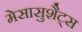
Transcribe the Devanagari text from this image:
मेसासुशैट्स